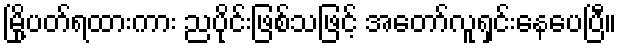
မြို့ပတ်ရထားကား ညပိုင်းဖြစ်သဖြင့် အတော်လူရှင်းနေပေပြီ။